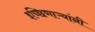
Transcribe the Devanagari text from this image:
इच्छिणाऱ्यांनी